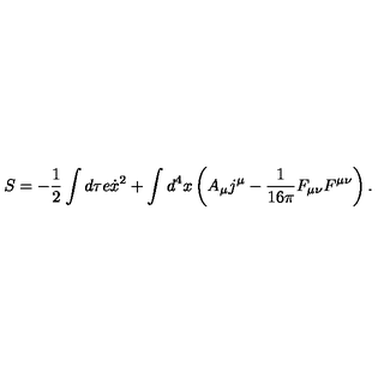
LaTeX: S = - \frac 1 2 \int d \tau e \dot { x } ^ { 2 } + \int d ^ { 4 } x \left( A _ { \mu } j { } ^ { \mu } - \frac { 1 } { 1 6 \pi } F _ { \mu \nu } F ^ { \mu \nu } \right) .